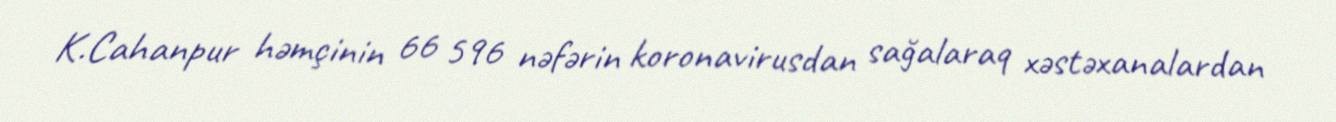
K.Cahanpur həmçinin 66 596 nəfərin koronavirusdan sağalaraq xəstəxanalardan